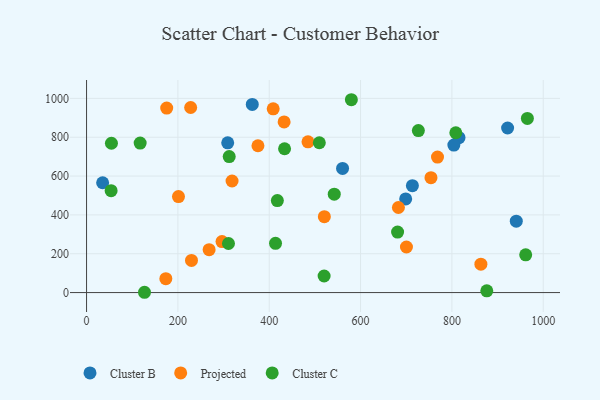
{"axis": {"x": "Ad Spend", "y": "Fuel Efficiency"}, "legend": ["Cluster B", "Cluster C", "Projected"], "data": [{"x": "698.8", "y": 482.2, "type": "Cluster B"}, {"x": "941.0", "y": 367.6, "type": "Cluster B"}, {"x": "35.2", "y": 565.5, "type": "Cluster B"}, {"x": "815.6", "y": 797.6, "type": "Cluster B"}, {"x": "560.6", "y": 639.1, "type": "Cluster B"}, {"x": "922.0", "y": 847.6, "type": "Cluster B"}, {"x": "362.9", "y": 968.8, "type": "Cluster B"}, {"x": "804.3", "y": 759.5, "type": "Cluster B"}, {"x": "309.1", "y": 770.9, "type": "Cluster B"}, {"x": "713.5", "y": 550.7, "type": "Cluster B"}, {"x": "520.7", "y": 391.0, "type": "Projected"}, {"x": "229.8", "y": 165.4, "type": "Projected"}, {"x": "754.2", "y": 591.7, "type": "Projected"}, {"x": "682.9", "y": 438.2, "type": "Projected"}, {"x": "863.5", "y": 146.2, "type": "Projected"}, {"x": "296.6", "y": 262.4, "type": "Projected"}, {"x": "228.0", "y": 953.0, "type": "Projected"}, {"x": "432.6", "y": 878.9, "type": "Projected"}, {"x": "268.4", "y": 221.0, "type": "Projected"}, {"x": "173.6", "y": 71.3, "type": "Projected"}, {"x": "201.3", "y": 494.5, "type": "Projected"}, {"x": "318.6", "y": 574.5, "type": "Projected"}, {"x": "175.5", "y": 949.9, "type": "Projected"}, {"x": "408.7", "y": 946.1, "type": "Projected"}, {"x": "768.5", "y": 697.6, "type": "Projected"}, {"x": "484.9", "y": 776.3, "type": "Projected"}, {"x": "700.5", "y": 234.6, "type": "Projected"}, {"x": "375.3", "y": 756.1, "type": "Projected"}, {"x": "417.8", "y": 473.9, "type": "Cluster C"}, {"x": "961.6", "y": 194.3, "type": "Cluster C"}, {"x": "520.2", "y": 85.3, "type": "Cluster C"}, {"x": "117.4", "y": 769.6, "type": "Cluster C"}, {"x": "579.9", "y": 993.1, "type": "Cluster C"}, {"x": "726.6", "y": 834.1, "type": "Cluster C"}, {"x": "54.5", "y": 769.0, "type": "Cluster C"}, {"x": "312.4", "y": 700.2, "type": "Cluster C"}, {"x": "53.8", "y": 524.7, "type": "Cluster C"}, {"x": "310.8", "y": 252.6, "type": "Cluster C"}, {"x": "876.4", "y": 9.2, "type": "Cluster C"}, {"x": "126.9", "y": 1.5, "type": "Cluster C"}, {"x": "808.6", "y": 823.1, "type": "Cluster C"}, {"x": "965.3", "y": 897.0, "type": "Cluster C"}, {"x": "433.6", "y": 740.7, "type": "Cluster C"}, {"x": "413.8", "y": 253.6, "type": "Cluster C"}, {"x": "681.1", "y": 311.5, "type": "Cluster C"}, {"x": "509.7", "y": 771.4, "type": "Cluster C"}, {"x": "542.4", "y": 506.6, "type": "Cluster C"}]}